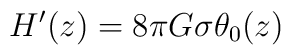
H'(z) = 8 {\pi} G {\sigma} {\theta}_{0}(z)